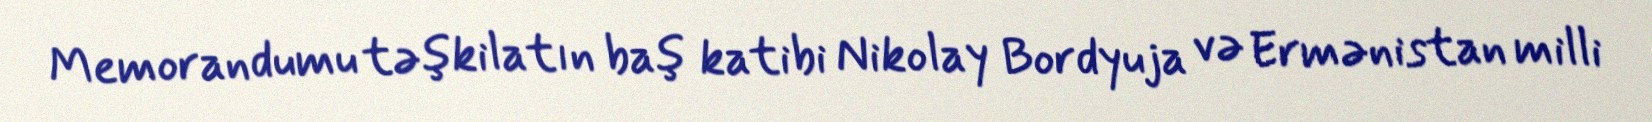
Memorandumu təşkilatın baş katibi Nikolay Bordyuja və Ermənistan milli